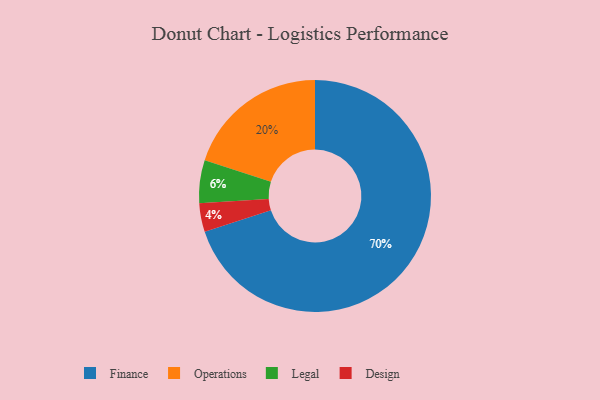
{"axis": {"x": "Category", "y": "Percentage"}, "legend": ["Design", "Finance", "Legal", "Operations"], "data": [{"x": "Finance", "y": 70, "type": "Finance"}, {"x": "Legal", "y": 6, "type": "Legal"}, {"x": "Operations", "y": 20, "type": "Operations"}, {"x": "Design", "y": 4, "type": "Design"}]}